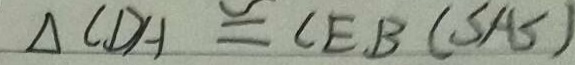
\Delta C D H \cong C E B ( S A S )